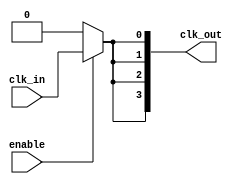
module HighFanoutClockBuffer #(
    parameter NUM_OUTPUTS = 4 // Define the number of outputs
)(
    input wire clk_in,           // Input clock signal
    input wire enable,           // Enable signal to control the clock buffer
    output wire [NUM_OUTPUTS-1:0] clk_out // Output clock signals
);

    // Internal signals for buffering
    wire clk_buf; // Buffered clock signal

    // Buffering mechanism using inverters (or dedicated buffer cells)
    // In a real design, you would replace these with technology-specific buffer cells
    generate
        genvar i;
        for (i = 0; i < NUM_OUTPUTS; i = i + 1) begin : gen_clk_out
            if (i == 0) begin
                assign clk_buf = clk_in; // First buffer stage
            end else begin
                assign clk_buf = clk_buf; // Subsequent buffer stages can be added here
            end
            
            assign clk_out[i] = (enable) ? clk_buf : 1'b0; // Enable/Disable functionality
        end
    endgenerate

endmodule